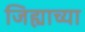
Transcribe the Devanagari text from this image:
जिह्याच्‍या